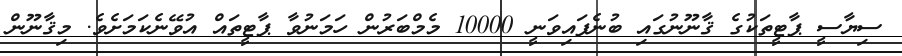
ސިޔާސީ ޕާޓީތަކުގެ ޤާނޫނުގައި ބުނެފައިވަނީ 10000 މެމްބަރުން ހަމަނުވާ ޕާޓީތައް އުވޭނެކަމަށެވެ. މިޤާނޫން